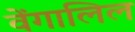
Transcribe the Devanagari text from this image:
वेंगालिल